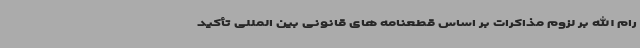
رام الله بر لزوم مذاکرات بر اساس قطعنامه های قانونی بین المللی تأکید